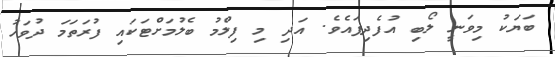
ބަޔަކު މިވަނީ ލޯބި އުފެދިފައެވެ. އަދި މި ފިލްމު ބެލުމަށްޓަކައި ފުރަތަމަ ދުވަހު